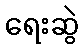
ရေးဆွဲ